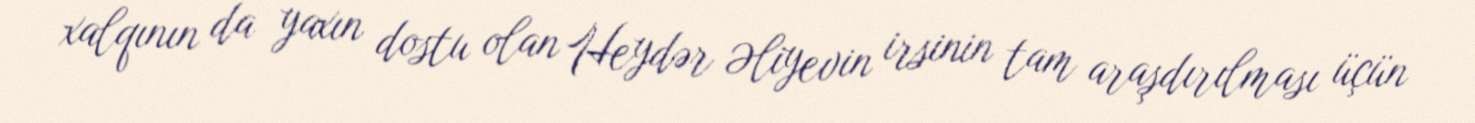
xalqının da yaxın dostu olan Heydər Əliyevin irsinin tam araşdırılması üçün